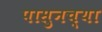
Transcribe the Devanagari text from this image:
पासुनच्या